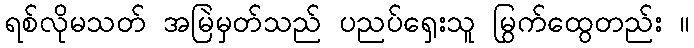
ရစ်လိုမသတ် အမြဲမှတ်သည် ပညပ်ရှေးသူ မြွက်ထွေတည်း ။